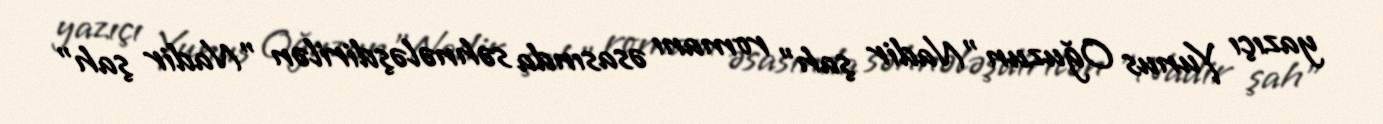
yazıçı Yunus Oğuzun "Nadir şah" romanı əsasında səhnələşdirilən "Nadir şah"